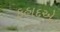
ફહાદએ